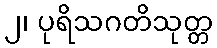
၂၊ ပုရိသဂတိသုတ္တ